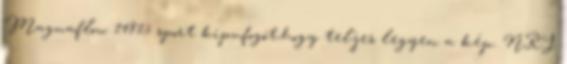
Magnaflow 14815 sport kipufogót,hogy teljes legyen a kép. NRJ